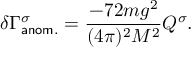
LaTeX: \delta \Gamma _ { \sf { a n o m . } } ^ { \sigma } = \frac { - 7 2 m g ^ { 2 } } { ( 4 \pi ) ^ { 2 } M ^ { 2 } } Q ^ { \sigma } .